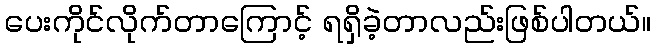
ပေးကိုင်လိုက်တာကြောင့် ရရှိခဲ့တာလည်းဖြစ်ပါတယ်။